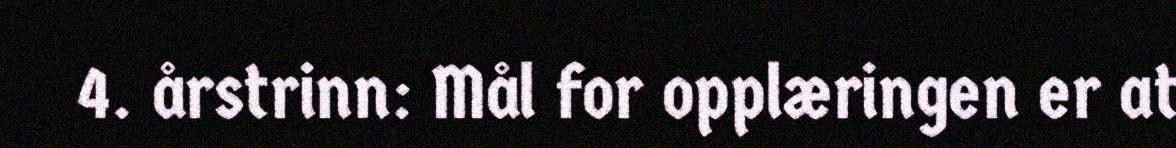
4. årstrinn: Mål for opplæringen er at